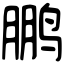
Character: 鹏